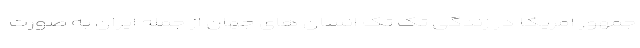
جمهور امریکا در زندگی تک تک انسان های جهان از جمله ایران به صورت